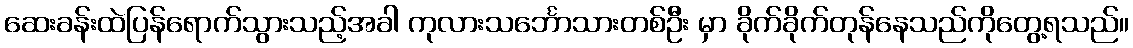
ဆေးခန်းထဲပြန်ရောက်သွားသည့်အခါ ကုလားသင်္ဘောသားတစ်ဦး မှာ ခိုက်ခိုက်တုန်နေသည်ကိုတွေ့ရသည်။